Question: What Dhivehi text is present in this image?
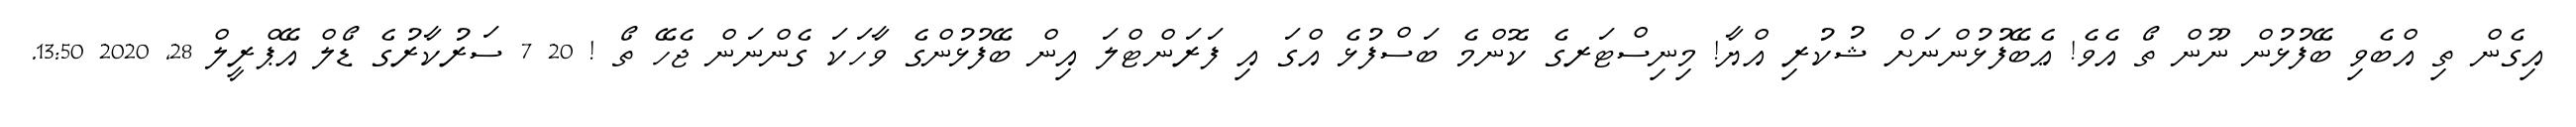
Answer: އިގެން ތި އްބެވި ބޭފުޅުން ނޫން ތޯ އެވެ! ޢެބޭފުޅުންނަށް ޝުކުރި އްޔާ! މިނިސްޓަރގެ ކޮންމެ ބަސްފުޅެ އްގަ އި ފަރަންޓްލަ އިން ބޭފުޅުންގެ ވާހަކަ ގެންނަން ޖެހޭ ތޯ ! 20 7 ސަރުކާރުގެ ޑޯލް އޭޕްރީލް 28, 2020 13:50.